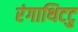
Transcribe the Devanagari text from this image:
रंगाथिटटु